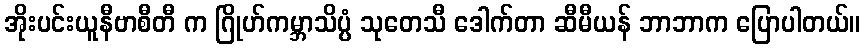
အိုးပင်းယူနီဗာစီတီ က ဂြိုဟ်ကမ္ဘာသိပ္ပံ သုတေသီ ဒေါက်တာ ဆီမီယန် ဘာဘာက ပြောပါတယ်။